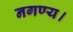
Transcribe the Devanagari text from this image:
नगण्य।